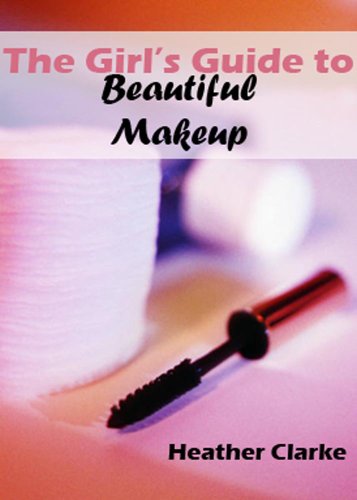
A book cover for The Girl's Guide to Beautiful Makeup; Heather Clarke; Teen & Young Adult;